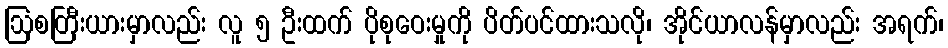
ဩစတြီးယားမှာလည်း လူ ၅ ဦးထက် ပိုစုဝေးမှုကို ပိတ်ပင်ထားသလို၊ အိုင်ယာလန်မှာလည်း အရက်၊